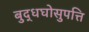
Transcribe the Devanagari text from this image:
बुद्धघोसुपत्ति